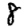
Digit: 8